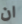
ان